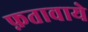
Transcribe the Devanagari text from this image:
फ़तावाये